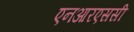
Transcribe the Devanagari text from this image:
एनआरएससी